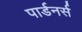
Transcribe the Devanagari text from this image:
पार्डनर्स